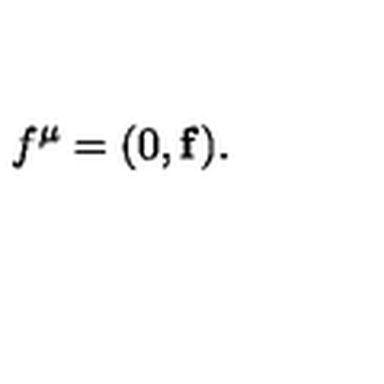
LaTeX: f ^ { \mu } = ( 0 , { \bf f } ) .